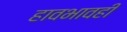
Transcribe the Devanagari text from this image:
हावभावही